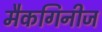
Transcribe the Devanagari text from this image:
मैकगिनीज